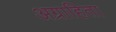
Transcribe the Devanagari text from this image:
अग्राहिता